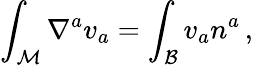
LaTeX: \int_{\mathcal M}\nabla^{a}v_{a}=\int_{\mathcal B}v_{a}n^{a}\, ,